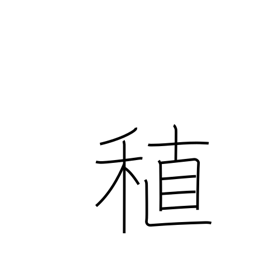
Meaning: early-maturing rice